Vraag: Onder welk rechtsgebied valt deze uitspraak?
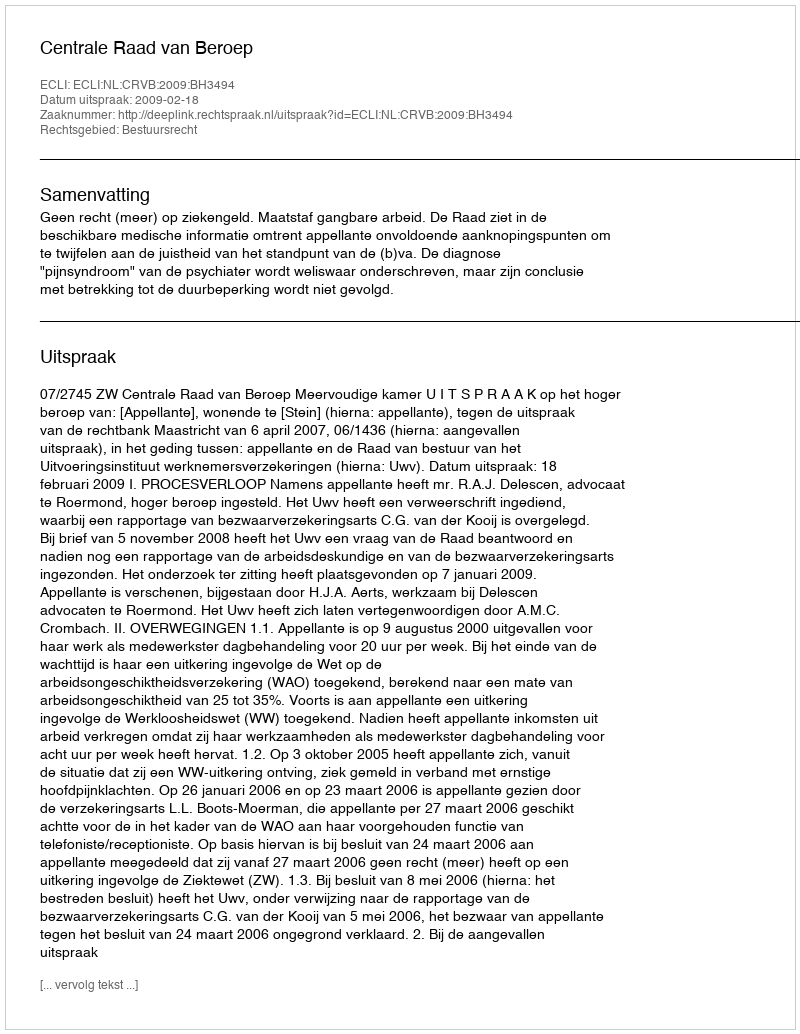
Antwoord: Bestuursrecht